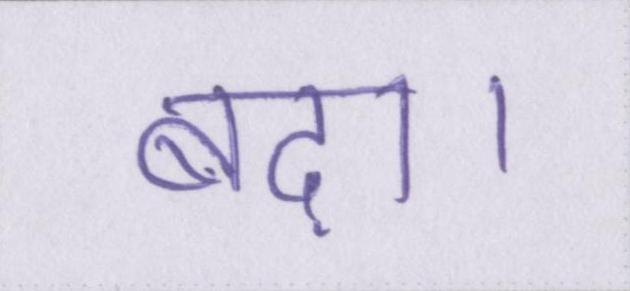
बढ़ा।